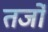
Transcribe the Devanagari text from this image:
तर्जो